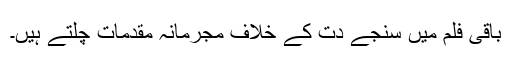
باقی فلم میں سنجے دت کے خلاف مجرمانہ مقدمات چلتے ہیں۔